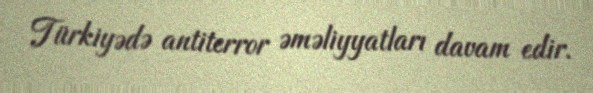
Türkiyədə antiterror əməliyyatları davam edir.